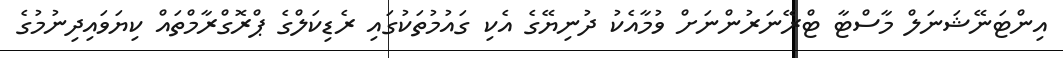
އިންޓަނޭޝަނަލް މާސްޓާ ޓްރޭނަރުންނަށް ވުމާއެކު ދުނިޔޭގެ އެކި ގައުމުތަކުގައި ރެޑިކަލްގެ ޕްރޮގްރާމްތައް ކިޔަވައިދިނުމުގެ